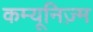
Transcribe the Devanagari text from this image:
कम्यूनिज़्म